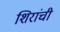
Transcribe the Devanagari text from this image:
शिरांची